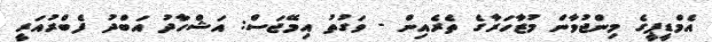
އެމްޑީޕީގެ މިންޖުވާން މުޒާހަރާގެ ތެރެއިން - ވަގުތު އިމޭޖަސް: އަޝްހާދު އަބްދު ފެބްރުއަރީ